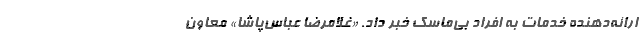
ارائه‌دهنده خدمات به افراد بی‌ماسک خبر داد. «غلامرضا عباس‌پاشا» معاون